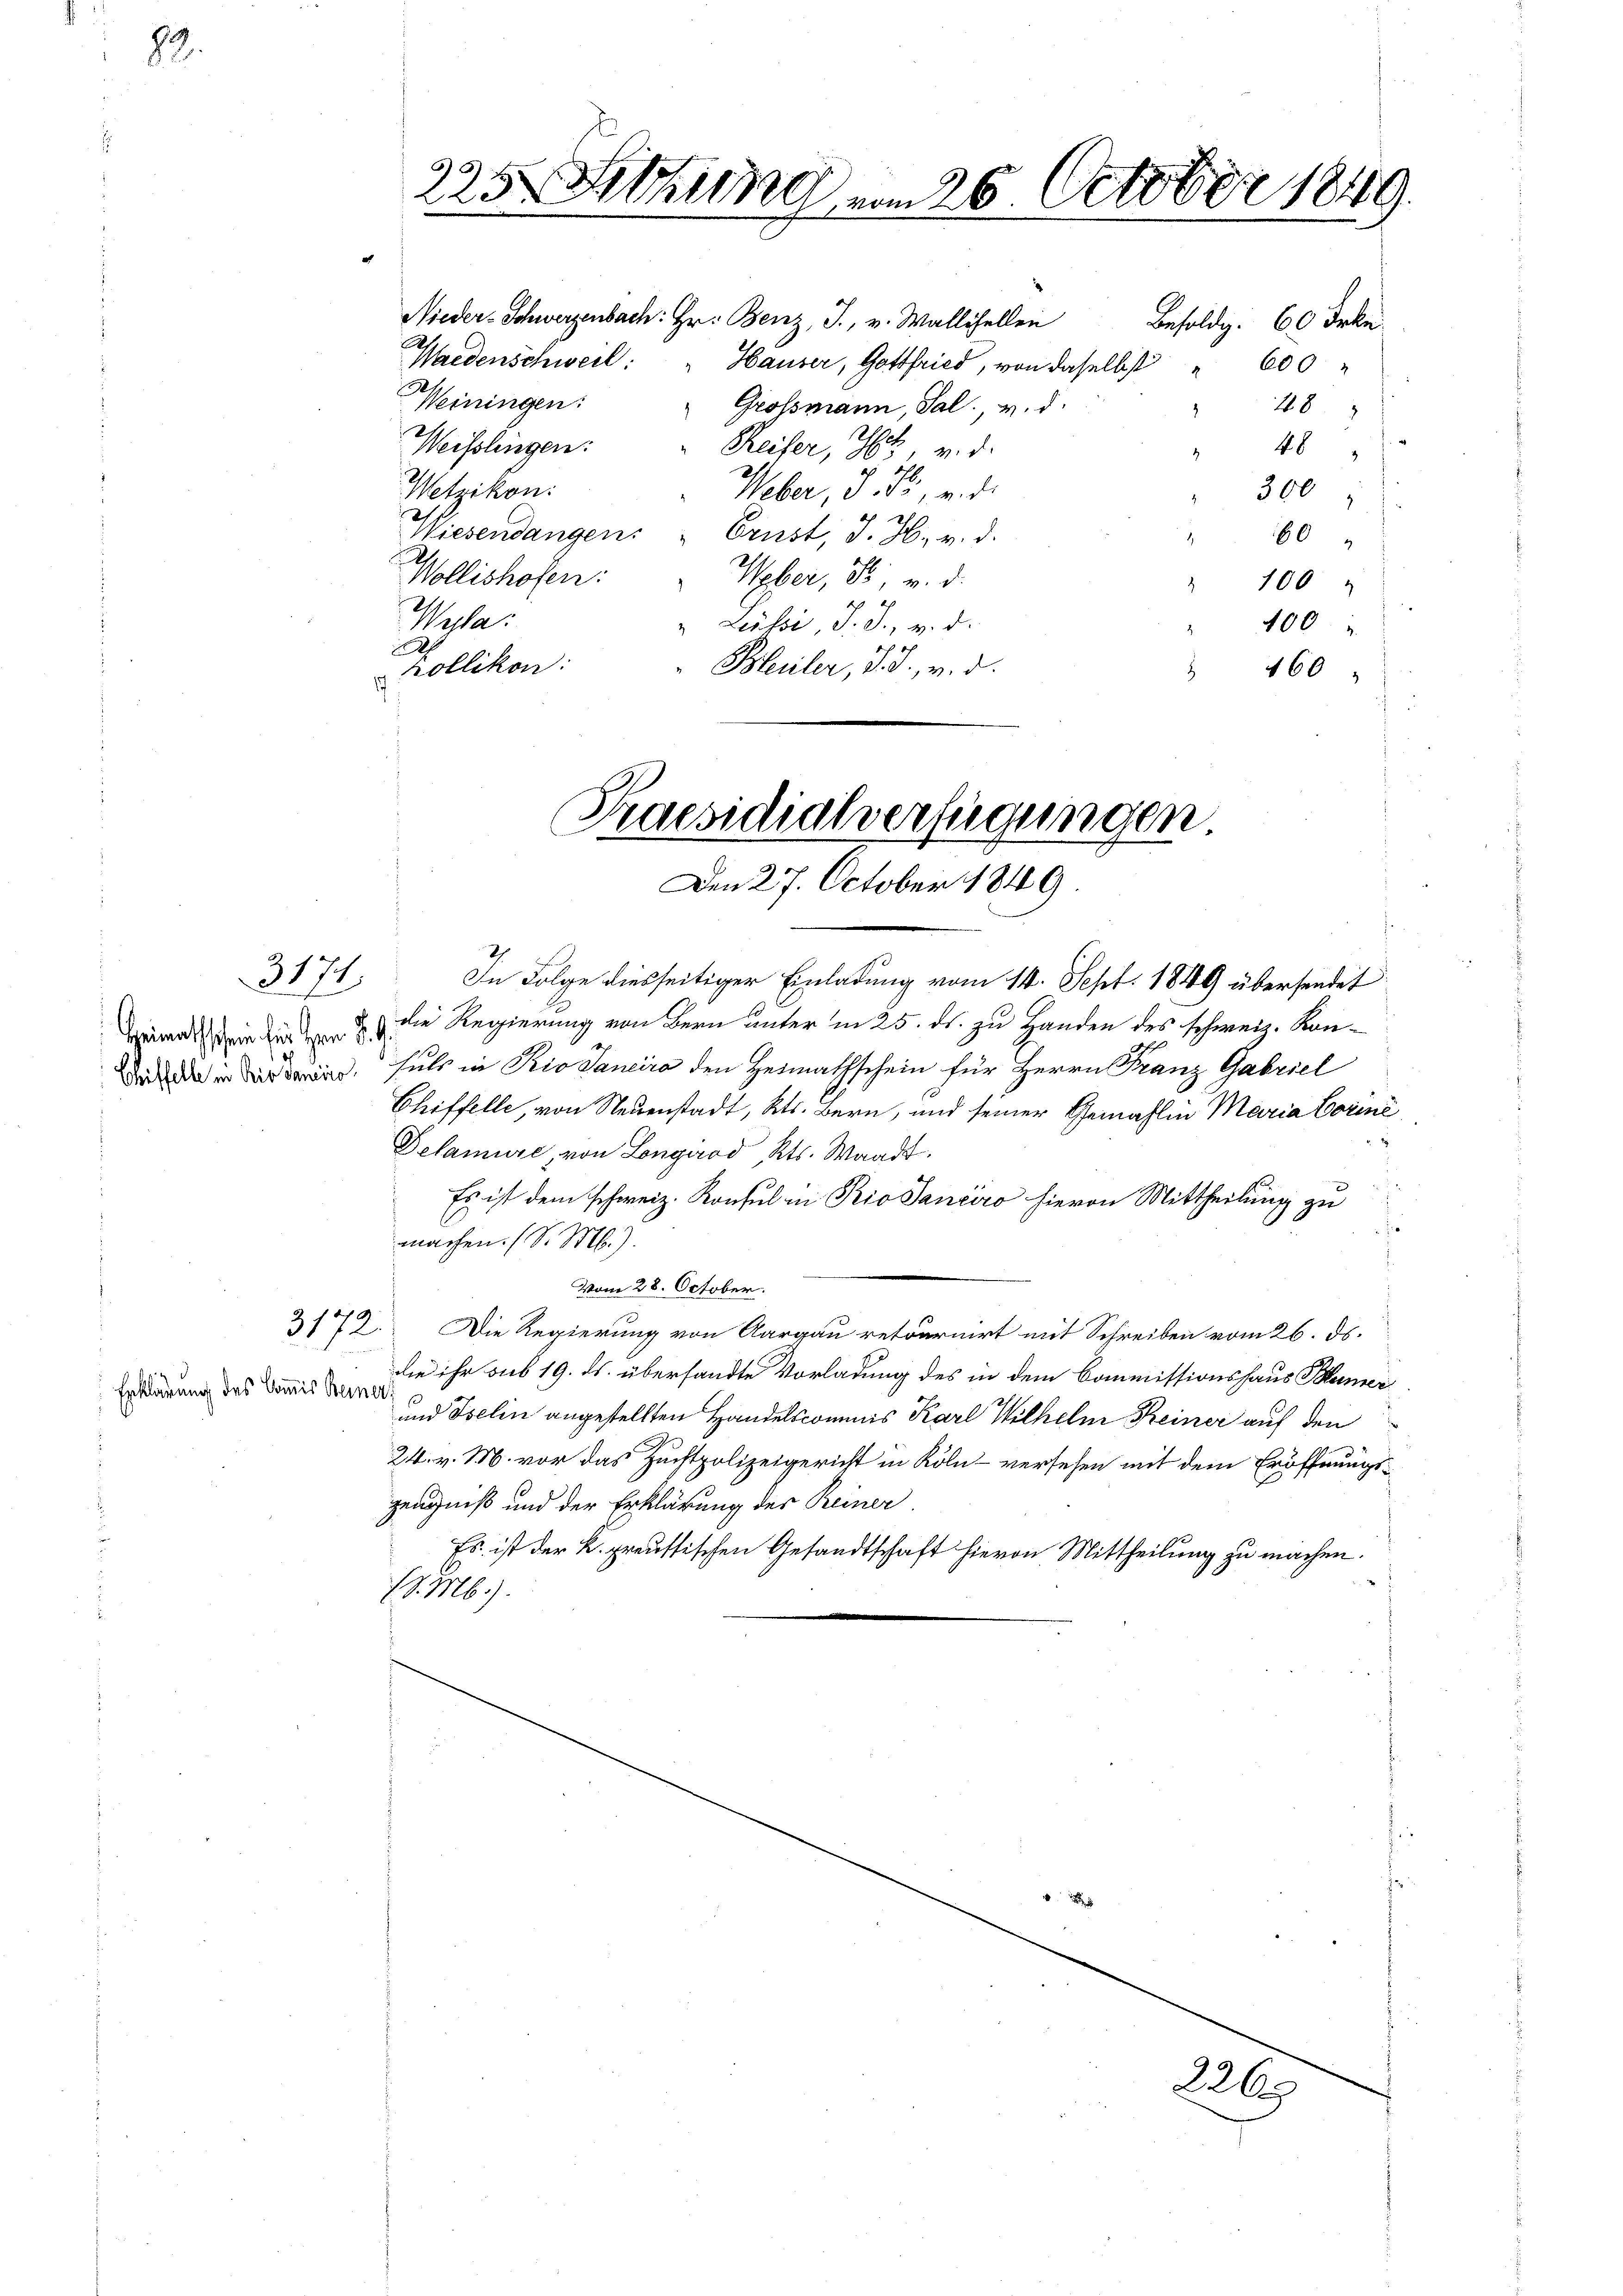
82.

3171.

3172.

Erklärung des Commis Beiner

0 x
225 Sitzung vom 26. October 1849.

Nieder-Schwerzenbach: Hr. Benz, J., v. Wallisellen
Besoldg: 60 Frkn.
Waedenschweil: " Hauser, Gottfried, von daselbst " 600
1
Weiningen:
Grossmann, Sal. v. d.
18
2
Weisslingen:
Reifer, Hotz v. d.
48
Wetzikon:
Weber, 3 Fr., u. di
300
h
Wiesendangen: " Ernst, d. H. v. d.
60
Wollishofen: " Weber, F, v. d.
100
Wella
" Lessi, J. J., v. d.
100
d
Kollikon:
Bleuler, d. J., v. d.
 460

Praesidialverfügungen.
Den 27. October 1849

In Folge diesseitiger Einladung vom 14. Sept. 1849 übersendet
rd in die Regierung von Bern unter in 25. ds. zu Handen des schweiz. Kondid in der Bern, fals in Rio Sancira den Heimathschein für Herrn Franz Gabriel
Chiffelle, von Neuenstadt, Kts. Bern, und seiner Gemahlin Maria Corné
Delamure, von Longirod, Kts. Waadt.
Es ist dem schweiz. Konsul in Rio Sanciro hievon Mittheilung zu
s
machen. (S. M.).
Vom 28. October.
Die Regierung von Aargau retournirt mit Schreiben vom 26. ds.
die ihr sub 19. ds. übersandte Vorladung des in dem Commissionshaus Blümer
und Iselin angestellten Handelscommis Karl Wilhelm Keiner auf den
24. v. M. vor das Zuchtpolizeigericht in Köln - versehen mit dem Eröffnungszeugniß und der Erklärung der Reiner
Es ist der K. preussischen Gesandtschaft hievon Mittheilung zu machen.
(S. M.).

226.